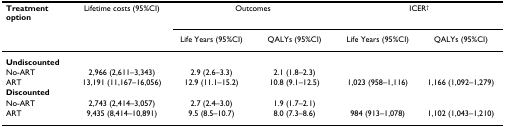
<table><thead><tr><td><b>Treatment option</b></td><td><b>Lifetime costs (95%CI)</b></td><td colspan="2"><b>Outcomes</b></td><td colspan="2"><b>ICER<sup>†</sup></b></td></tr><tr><td></td><td></td><td><b>Life Years (95%CI)</b></td><td><b>QALYs (95%CI)</b></td><td><b>Life Years (95%CI)</b></td><td><b>QALYs (95%CI)</b></td></tr></thead><tbody><tr><td colspan="6"><b>Undiscounted</b></td></tr><tr><td>No-ART</td><td>2,966 (2,611–3,343)</td><td>2.9 (2.6–3.3)</td><td>2.1 (1.8–2.3)</td><td></td><td></td></tr><tr><td>ART</td><td>13,191 (11,167–16,056)</td><td>12.9 (11.1–15.2)</td><td>10.8 (9.1–12.5)</td><td>1,023 (958–1,116)</td><td>1,166 (1,092–1,279)</td></tr><tr><td colspan="6"><b>Discounted</b></td></tr><tr><td>No-ART</td><td>2,743 (2,414–3,057)</td><td>2.7 (2.4–3.0)</td><td>1.9 (1.7–2.1)</td><td></td><td></td></tr><tr><td>ART</td><td>9,435 (8,414–10,891)</td><td>9.5 (8.5–10.7)</td><td>8.0 (7.3–8.6)</td><td>984 (913–1,078)</td><td>1,102 (1,043–1,210)</td></tr></tbody></table>